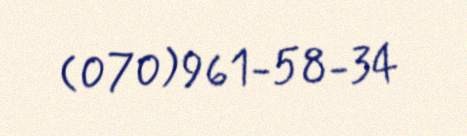
(070) 961-58-34